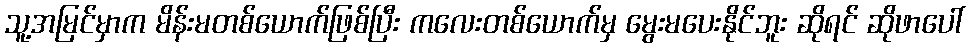
သူ့အမြင်မှာက မိန်းမတစ်ယောက်ဖြစ်ပြီး ကလေးတစ်ယောက်မှ မွေးမပေးနိုင်ဘူး ဆိုရင် ဆိုဖာပေါ်